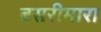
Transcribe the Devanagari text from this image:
बसरीमारा